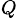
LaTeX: ^{\textit{Q}}